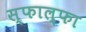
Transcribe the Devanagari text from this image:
स्फाल्फा